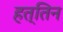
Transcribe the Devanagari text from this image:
हत्तिन